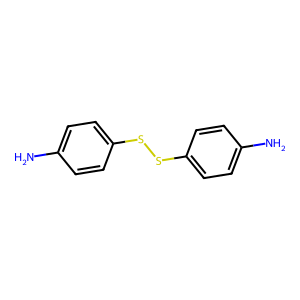
SMILES: Nc1ccc(SSc2ccc(N)cc2)cc1
Inhibits HIV replication: No